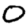
Digit: 0